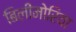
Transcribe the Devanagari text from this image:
बिलीमोरिया